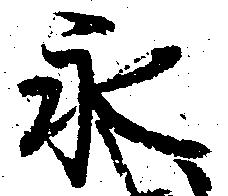
永